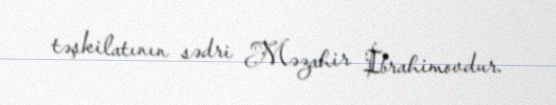
təşkilatının sədri Məzahir İbrahimovdur.